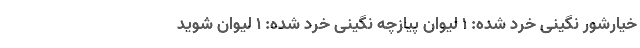
خیارشور نگینی خرد شده: ۱ لیوان پیازچه نگینی خرد شده: ۱ لیوان شوید